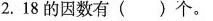
2.18的因数有( )个。